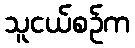
သူငယ်စဉ်က